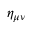
\eta _ { \mu \nu }